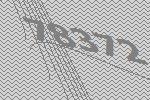
78372